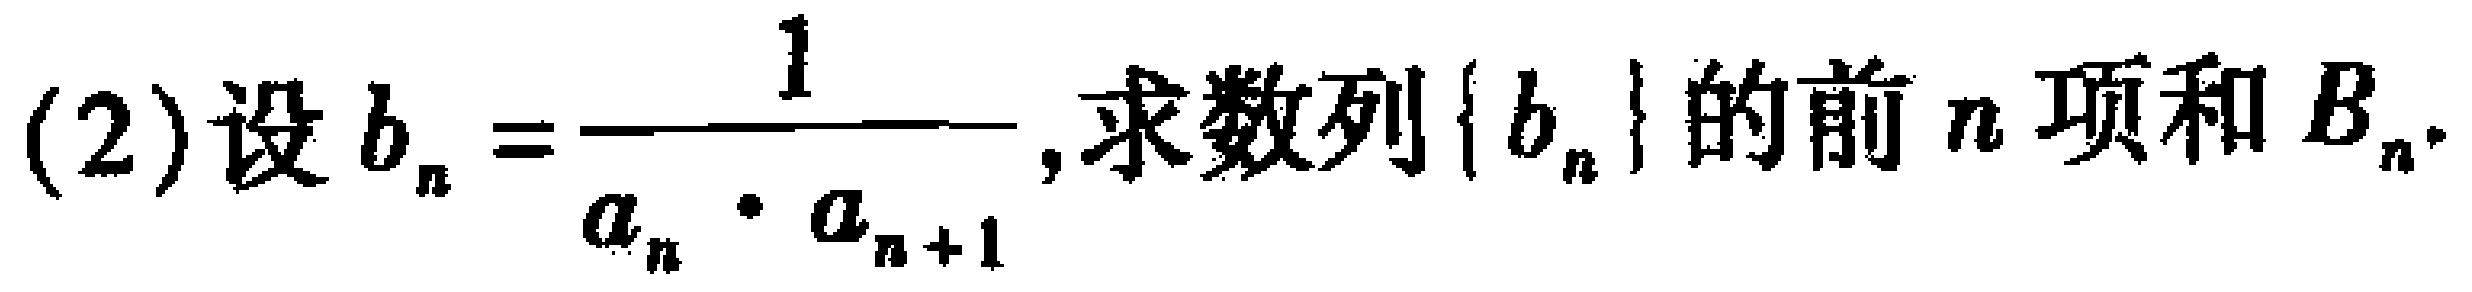
(2)设\(b_{n}=\frac{1}{a_{n}\cdot a_{n + 1}}\),求数列\(\{b_{n}\}\)的前\(n\)项和\(B_{n}\).